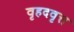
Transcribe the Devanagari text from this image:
वृहदवृत्त